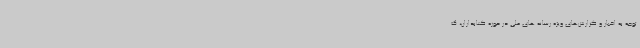
توجه به اخبار و گزارش‌های ویژه رسانه های ملی در حوزه کتابداران، ک